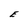
Character: E